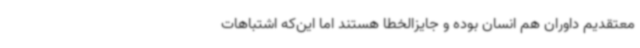
معتقدیم داوران هم انسان بوده و جایزالخطا هستند اما این‌که اشتباهات